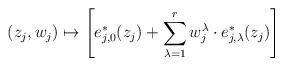
LaTeX: \begin{align*}(z_j, w_j)\mapsto \left[e_{j, 0}^*(z_j)+\sum_{\lambda=1}^rw_j^\lambda\cdot e_{j, \lambda}^*(z_j)\right]\end{align*}